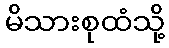
မိသားစုထံသို့